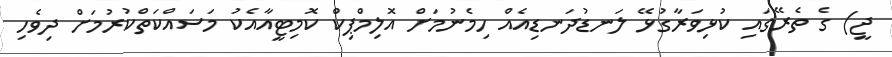
ޖީ) ގެ ތެރޭގައި ކުޅިވަރާގުޅޭ ލަނޑުދަނޑިއެއް ހިމެނުމަށް އޮލިމްޕިކް ކޮމިޓީއާއެކު މަސައްކަތްކުރުމަށް ދިވެހި